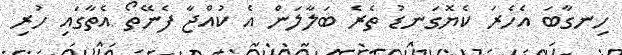
ހިނގާބަ އެހެރަ ކެޔޮގަނޑު ތެރެ ބަލާލަން އެ ކުއްޖާ ފެނޭތޯ އެތާގައި ހުރި